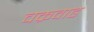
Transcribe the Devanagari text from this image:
चक्रवाढ